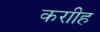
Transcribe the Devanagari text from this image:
कराीह